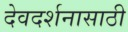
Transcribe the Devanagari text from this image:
देवदर्शनासाठी